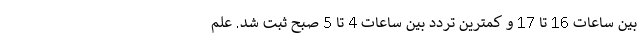
بین ساعات 16 تا 17 و کمترین تردد بین ساعات 4 تا 5 صبح ثبت شد. علم